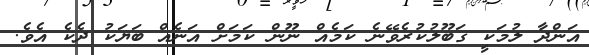
އަންދާ ލުމަކީ ގަބޫލުކުރެވޭނެ ކަމެއް ނޫން ކަމަށް އަނެއް ބަޔަކު ދެކެ އެވެ.